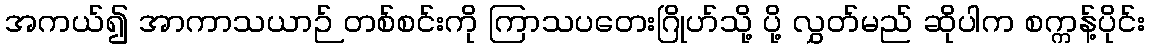
အကယ်၍ အာကာသယာဉ် တစ်စင်းကို ကြာသပတေးဂြိုဟ်သို့ ပို့ လွှတ်မည် ဆိုပါက စက္ကန့်ပိုင်း